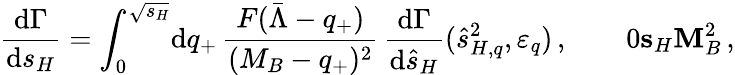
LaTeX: \frac{\mathrm{d}\Gamma}{\mathrm{d}s_{H}}=\int_{0}^{\sqrt{s_{H}}}\! \mathrm{d}q_{+}\, \frac{F(\bar{\Lambda}-q_{+})}{(M_{B}-q_{+})^{2}}\, \frac{\mathrm{d}\Gamma}{\mathrm{d}\hat{s}_{H}}(\hat{s}_{H,q}^{2},\varepsilon_{q})\, ,\qquad 0\le s_{H}\le M_{B}^{2}\, ,